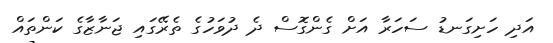
އަދި ހަށިގަނޑު ސަހަރާ އަށް ގެންގޮސް ދެ ދުވަހުގެ ތެރޭގައި ޖަނާޒާގެ ކަންތައް